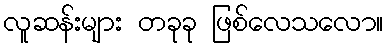
လူဆန်းများ တခုခု ဖြစ်လေသလော။